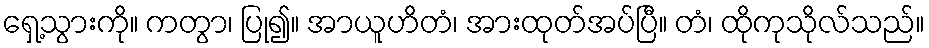
ရှေ့သွားကို။ ကတွာ၊ ပြု၍။ အာယူဟိတံ၊ အားထုတ်အပ်ပြီ။ တံ၊ ထိုကုသိုလ်သည်။